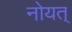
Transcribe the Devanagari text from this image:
नोयत्